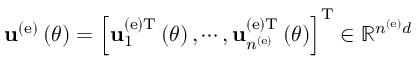
{ \bf u } ^ { \left( \mathrm { e } \right) } \left( \theta \right) = \left[ { \bf u } _ { 1 } ^ { \left( \mathrm { e } \right) \mathrm { T } } \left( \theta \right) , \cdots , { \bf u } _ { n ^ { \left( \mathrm { e } \right) } } ^ { \left( \mathrm { e } \right) \mathrm { T } } \left( \theta \right) \right] ^ { \mathrm { T } } \in \mathbb { R } ^ { n ^ { \left( \mathrm { e } \right) } d }